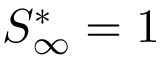
S _ { \infty } ^ { * } = 1